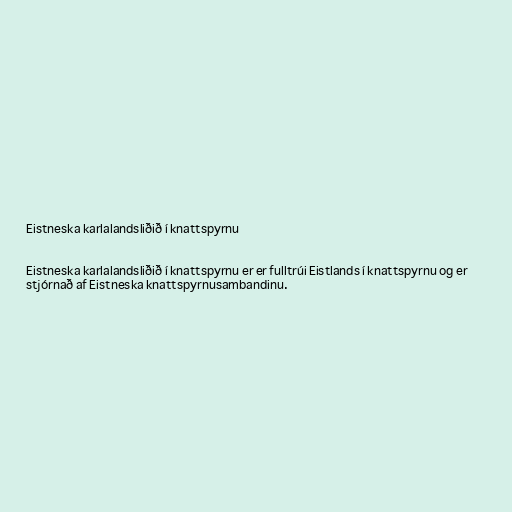
Eistneska karlalandsliðið í knattspyrnu

Eistneska karlalandsliðið í knattspyrnu er er fulltrúi Eistlands í knattspyrnu og er
stjórnað af Eistneska knattspyrnusambandinu.